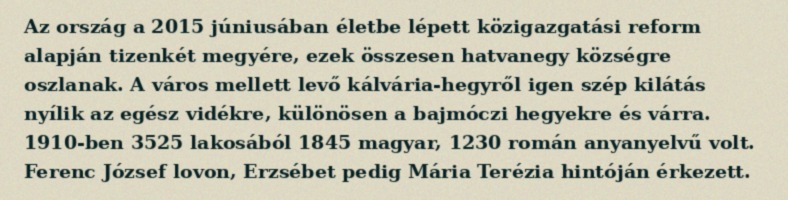
Az ország a 2015 júniusában életbe lépett közigazgatási reform alapján tizenkét megyére, ezek összesen hatvanegy községre oszlanak. A város mellett levő kálvária-hegyről igen szép kilátás nyílik az egész vidékre, különösen a bajmóczi hegyekre és várra. 1910-ben 3525 lakosából 1845 magyar, 1230 román anyanyelvű volt. Ferenc József lovon, Erzsébet pedig Mária Terézia hintóján érkezett.